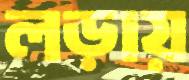
লড়ায়